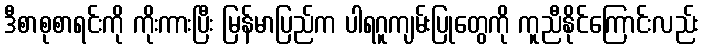
ဒီစာစုစာရင်းကို ကိုးကားပြီး မြန်မာပြည်က ပါရဂူကျမ်းပြုတွေကို ကူညီနိုင်ကြောင်းလည်း